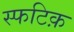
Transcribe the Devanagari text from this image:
स्फटिक़